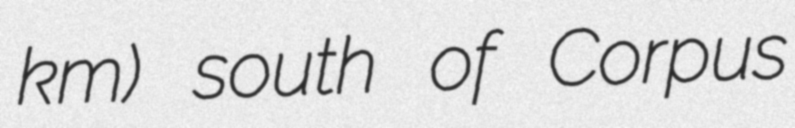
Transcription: km) south of Corpus